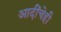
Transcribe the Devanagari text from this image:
आदींचेही